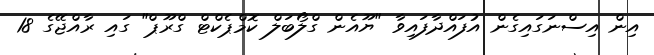
އިން އިސްނަގައިގެން އުފައްދާފައިވާ "ޔޫއެން ގްލޯބަލް ކޮމްޕެކްޓް ގްރޫޕް" ގައި ރާއްޖޭގެ 18